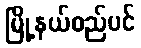
မြို့နယ်စည်ပင်